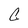
Character: C